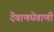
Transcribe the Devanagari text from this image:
देवाणघेवाणी